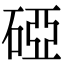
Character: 䃁